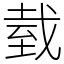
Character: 臷